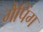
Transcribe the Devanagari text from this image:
गैपिंग